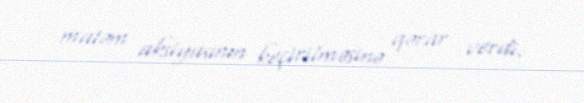
matəm aksiyasının keçirilməsinə qərar verdi.